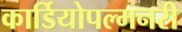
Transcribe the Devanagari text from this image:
कार्डियोपल्मनरी